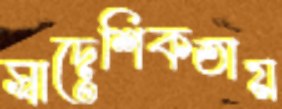
স্বাদেশিকতায়